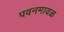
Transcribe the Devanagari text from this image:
पवनमावळ